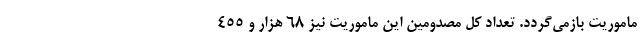
ماموریت بازمی‌گردد. تعداد کل مصدومین این ماموریت‌ نیز ۶۸ هزار و ۴۵۵